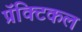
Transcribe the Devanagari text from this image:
प्रॅक्टिकल